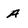
Character: A